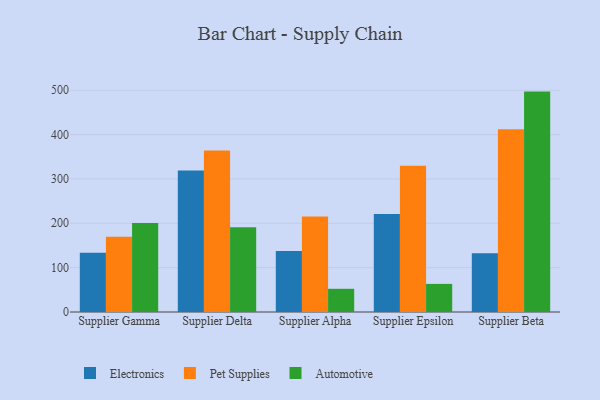
{"axis": {"x": "Supplier", "y": "Active Users"}, "legend": ["Automotive", "Electronics", "Pet Supplies"], "data": [{"x": "Supplier Gamma", "y": 133.8, "type": "Electronics"}, {"x": "Supplier Gamma", "y": 169.5, "type": "Pet Supplies"}, {"x": "Supplier Gamma", "y": 200.6, "type": "Automotive"}, {"x": "Supplier Delta", "y": 318.9, "type": "Electronics"}, {"x": "Supplier Delta", "y": 364.2, "type": "Pet Supplies"}, {"x": "Supplier Delta", "y": 191.1, "type": "Automotive"}, {"x": "Supplier Alpha", "y": 137.8, "type": "Electronics"}, {"x": "Supplier Alpha", "y": 215.5, "type": "Pet Supplies"}, {"x": "Supplier Alpha", "y": 52.3, "type": "Automotive"}, {"x": "Supplier Epsilon", "y": 220.7, "type": "Electronics"}, {"x": "Supplier Epsilon", "y": 329.8, "type": "Pet Supplies"}, {"x": "Supplier Epsilon", "y": 63.4, "type": "Automotive"}, {"x": "Supplier Beta", "y": 132.7, "type": "Electronics"}, {"x": "Supplier Beta", "y": 411.8, "type": "Pet Supplies"}, {"x": "Supplier Beta", "y": 496.9, "type": "Automotive"}]}